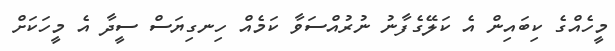
މީހެއްގެ ކިބައިން އެ ކަލޭގެފާނު ނުރުއްސަވާ ކަމެއް ހިނގިޔަސް ސީދާ އެ މީހަކަށް